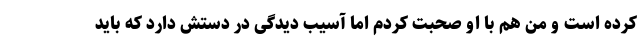
کرده است و من هم با او صحبت کردم اما آسیب دیدگی در دستش دارد که باید